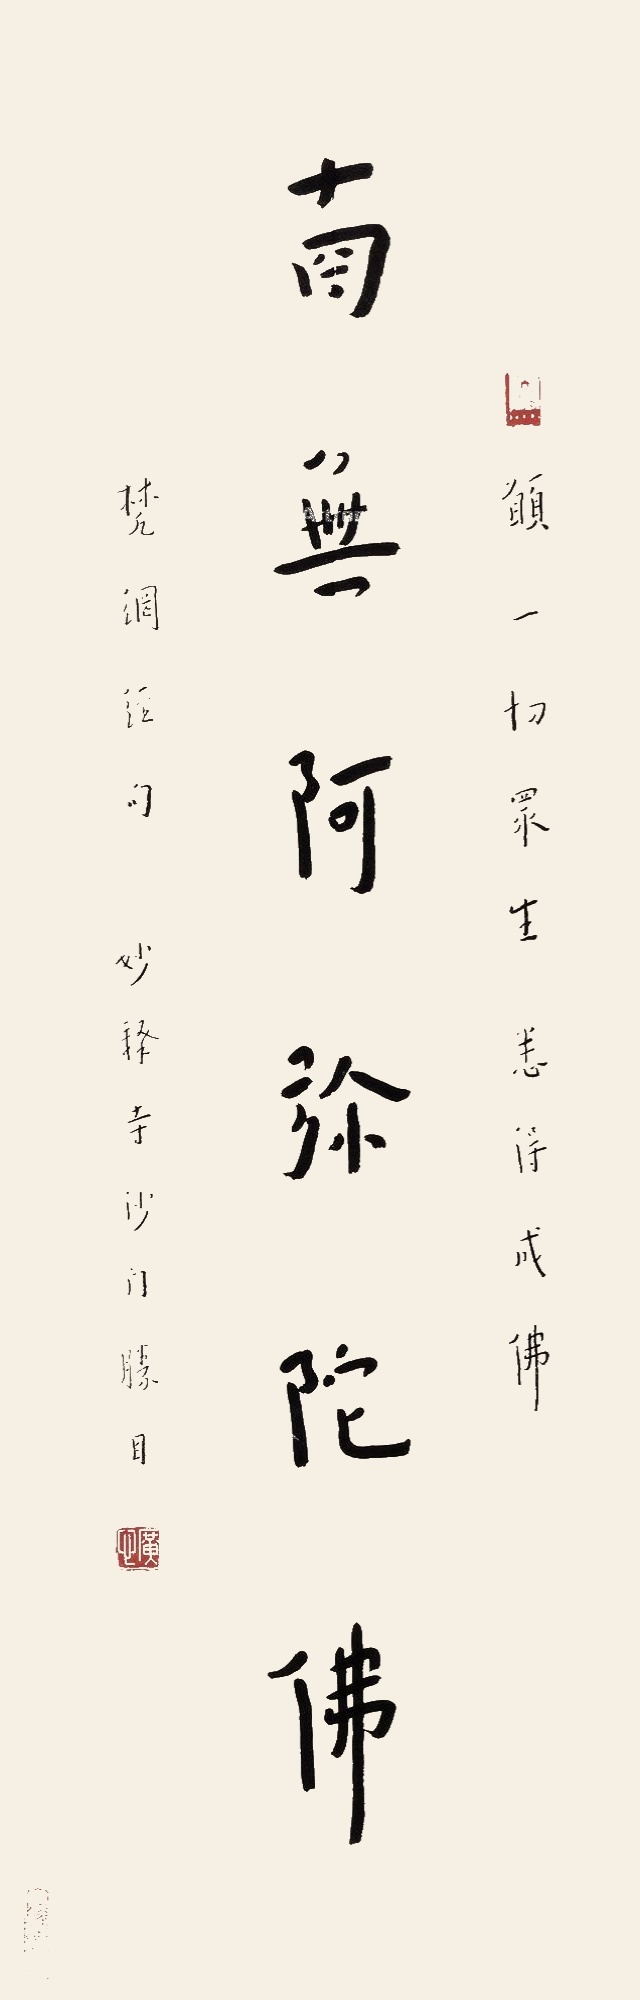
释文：南无阿弥陀佛愿一切众生悉得成佛。梵纲经句，妙释寺沙门胜目。